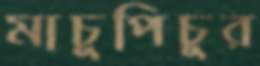
মাচুপিচুর